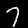
Digit: 7